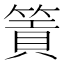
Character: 篢